Report on sanitation, dispensaries, and jails in Rajputana for 1909, and on vaccination for the year 1909-1910 - 1909-1910
Year: 1909
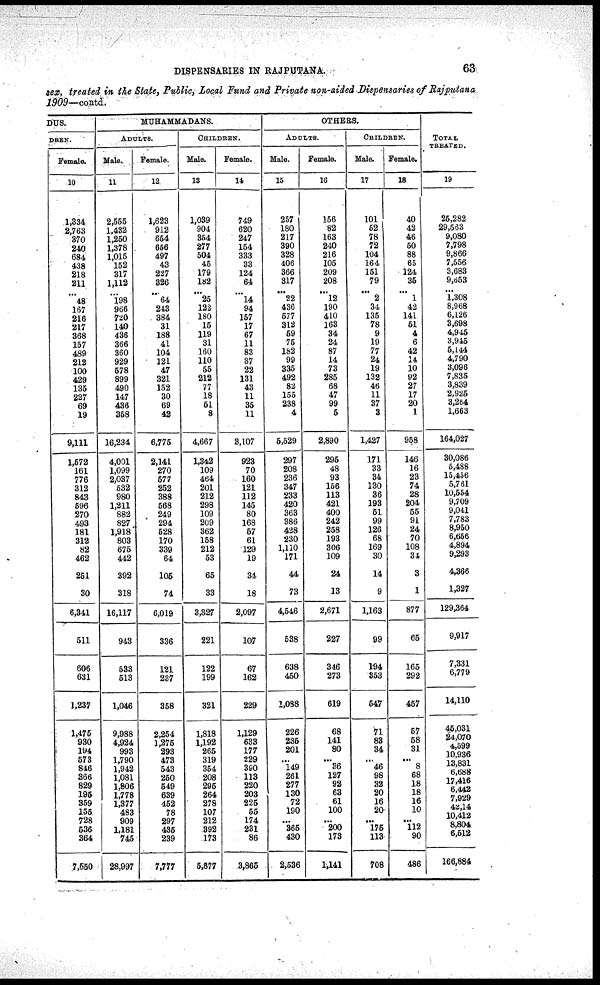
DISPENSARIES IN RAJPUTANA.
63
sex, treated in the State, Public, Local Fund and Private non-aided Dispensaries of Rajputana
1909—contd.
DUS.
DREN.
Female.
10
1,334
2,763
370
240
684
438
218
211
...
48
167
216
217
368
157
489
212
100
429
135
227
69
19
9,111
1,572
161
776
312
843
596
270
493
181
312
82
462
251
30
6,341
511
606
631
1,237
1,475
930
194
573
846
366
829
195
359
155
728
536
364
7,550
MUHAMMADANS.
ADULTS.
Male.
11
2,555
1,432
1,250
1,378
1,015
152
317
1,112
...
198
966
720
140
436
366
360
929
578
899
490
147
436
358
16,234
4,001
1,099
2,037
532
980
1,211
882
827
1,918
803
675
442
392
318
16,117
943
533
513
1,046
9,988
4,924
993
1,790
1,942
1,081
1,806
1,778
1,377
483
909
1,181
745
28,997
Female.
12
1,623
912
654
656
497
43
227
326
...
64
243
384
31
188
41
104
121
47
321
152
30
69
42
6,775
2,141
270
577
252
388
568
249
294
528
170
339
64
105
74
6,019
336
121
237
358
2,254
1,275
293
473
543
250
549
639
452
78
297
435
239
7,777
CHILDREN.
Male.
13
1,039
904
354
277
504
45
179
182
...
25
122
180
15
119
31
160
110
55
212
77
18
51
8
4,667
1,342
109
464
201
212
298
109
209
362
158
212
53
65
33
3,827
221
122
199
321
1,818
1,192
265
319
354
208
295
264
278
107
212
392
173
5,877
Female.
14
749
620
247
154
333
33
124
64
...
14
94
157
17
67
11
83
87
22
131
43
11
35
11
3,107
923
70
160
121
112
145
80
168
57
61
129
19
34
18
2,097
107
67
162
229
1,129
633
177
229
390
113
220
203
225
55
174
231
86
3,865
OTHERS.
ADULTS.
Male.
15
257
180
217
390
328
406
366
317
...
22
436
577
312
59
75
182
99
335
492
82
155
238
4
5,529
297
208
236
347
233
420
363
386
428
230
1,110
171
44
73
4,546
538
638
450
1,088
226
235
201
...
149
261
277
130
72
190
...
365
430
2,536
Female.
16
156
82
163
240
216
105
209
208
...
12
190
410
163
34
24
87
14
73
285
68
47
99
5
2,890
295
48
93
156
113
421
400
242
258
193
306
109
24
13
2,671
227
346
273
619
68
141
80
...
36
127
92
63
61
100
...
200
173
1,141
CHILDREN.
Male.
17
101
52
78
72
104
164
151
79
...
2
34
135
78
9
19
77
24
19
132
46
11
37
3
1,427
171
33
34
130
36
193
51
99
126
68
169
30
14
9
1,163
99
194
353
547
71
83
34
...
46
98
32
20
16
20
...
175
113
708
Female.
18
40
42
46
50
88
65
124
35
...
1
42
141
51
4
6
42
14
10
92
27
17
20
1
958
146
16
23
74
28
204
55
91
24
70
108
34
3
1
877
65
165
292
457
57
58
31
...
8
68
18
18
16
10
...
112
90
486
TOTAL
TREATED.
19
25,282
29,563
9,080
7,798
9,866
7,556
3,683
9,653
...
1,308
8,968
6,126
3,698
4,945
3,945
5,144
4,790
3,096
7,835
3,839
2,925
3,264
1,663
164,027
30,086
5,488
15,456
5,761
10,554
9,709
9,041
7,783
8,950
6,656
4,894
9,293
4,366
1,327
129,364
9,917
7,331
6,779
14,110
45,031
24,070
4,599
10,936
13,831
6,688
17,416
6,442
7,929
42,14
10,412
8,804
6,512
166,884